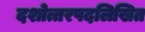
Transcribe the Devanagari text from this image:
दशोत्तरपदलिखित